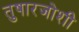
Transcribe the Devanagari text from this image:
तुषारजोशी